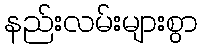
နည်းလမ်းများစွာ